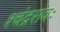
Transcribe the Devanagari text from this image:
श्चंद्रसंवः